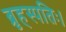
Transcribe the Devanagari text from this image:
ब्रृहस्पतिः।